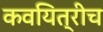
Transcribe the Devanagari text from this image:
कवयित्रीच